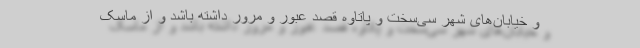
و خیابان‌های شهر سی‌سخت و پاتاوه قصد عبور و مرور داشته باشد و از ماسک